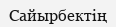
Сайырбектің